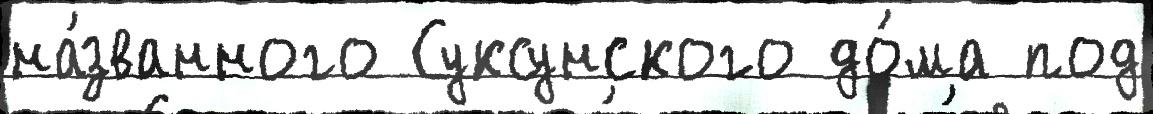
на́званного Суксунского до́ма под